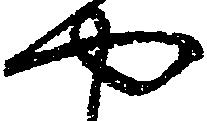
や